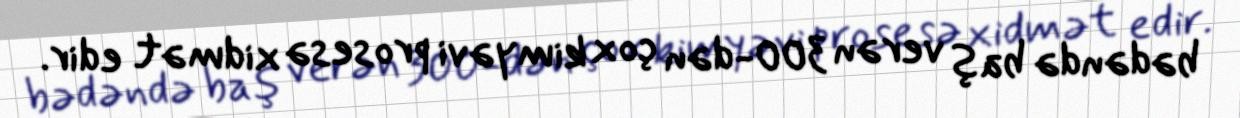
bədəndə baş verən 300-dən çox kimyəvi prosesə xidmət edir.